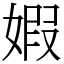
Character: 婽